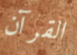
القرآن